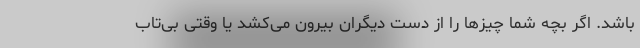
باشد. اگر بچه‌ شما چیز‌ها را از دست دیگران بیرون می‌کشد یا وقتی بی‌تاب